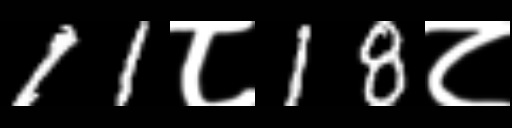
Text: 11८18८